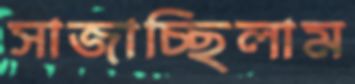
সাজাচ্ছিলাম